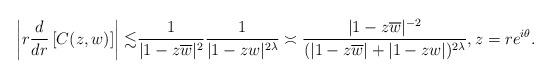
LaTeX: \begin{align*}\left|r\frac{d}{dr}\left[C(z,w)\right]\right|\lesssim &\frac{1}{|1-z\overline{w}|^2}\frac{1}{|1-zw|^{2\lambda}}\asymp\frac{|1-z\overline{w}|^{-2}}{(|1-z\overline{w}|+|1-zw|)^{2\lambda}},z=re^{i\theta}.\end{align*}